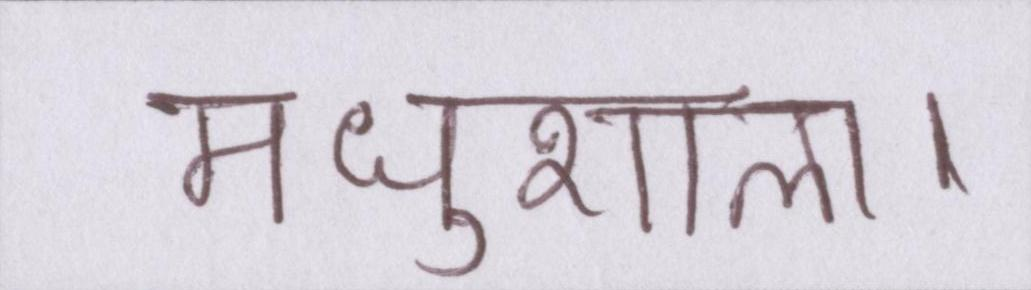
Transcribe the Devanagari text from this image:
मधुशाला।